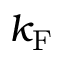
k _ { \mathrm { { F } } }